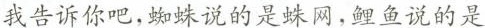
我告诉你吧，蜘蛛说的是蛛网，鲤鱼说的是